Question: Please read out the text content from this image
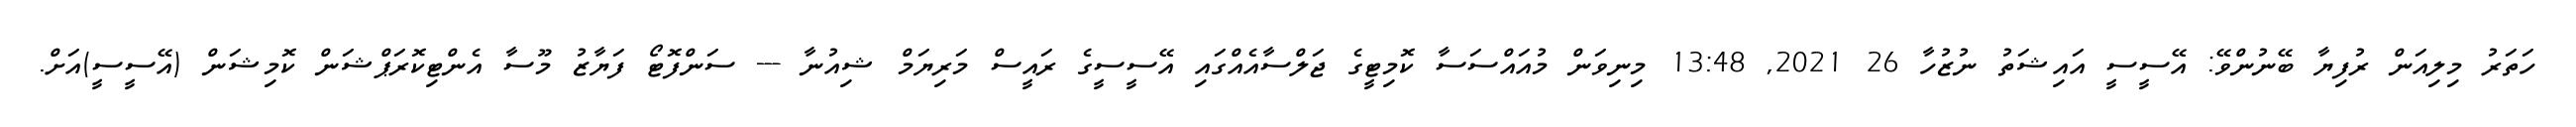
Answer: ހަތަރު މިލިއަން ރުފިޔާ ބޭނުންވޭ: އޭސީސީ އައިޝަތު ނުޒުހާ 26 2021, 13:48 މިނިވަން މުއައްސަސާ ކޮމިޓީގެ ޖަލްސާއެއްގައި އޭސީސީގެ ރައީސް މަރިޔަމް ޝިއުނާ --- ސަންފޮޓޯ ފަޔާޒު މޫސާ އެންޓިކޮރަޕްޝަން ކޮމިޝަން (އޭސީސީ)އަށް.